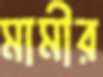
মামীর